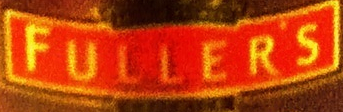
FULLERS